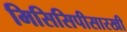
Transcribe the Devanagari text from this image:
मिसिसिपीसारखी